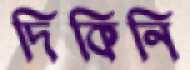
দিকিনি